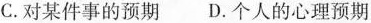
C. 对某件事的预期 D. 个人的心理预期